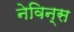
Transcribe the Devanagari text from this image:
नेविन्स